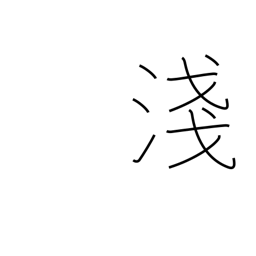
Meaning: not deep